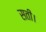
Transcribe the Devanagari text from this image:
सती।